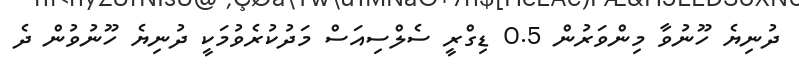
ދުނިޔެ ހޫނުވާ މިންވަރުން 0.5 ޑިގްރީ ސެލްސިއަސް މަދުކުރެވުމަކީ ދުނިޔެ ހޫނުވުން ދެ